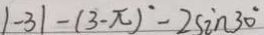
\vert - 3 \vert - ( 3 - \pi ) ^ { \circ } - 2 \sin 3 0 ^ { \circ }